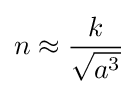
n\approx {\frac {k}{\sqrt {a^{3}}}}